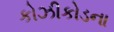
કોઝીકોડના